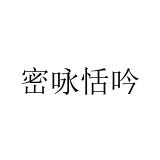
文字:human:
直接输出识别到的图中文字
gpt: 密咏恬吟